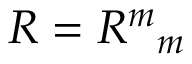
R = { R ^ { m } } _ { m }